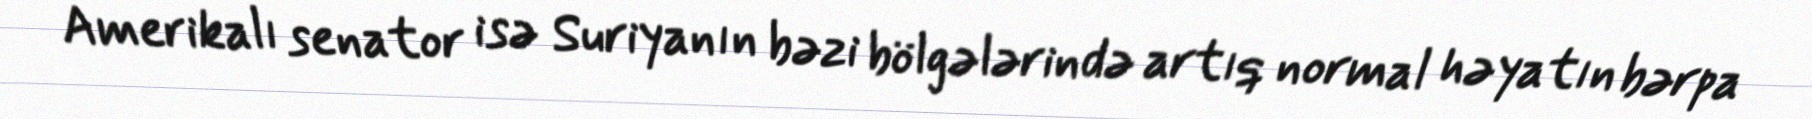
Amerikalı senator isə Suriyanın bəzi bölgələrində artıq normal həyatın bərpa